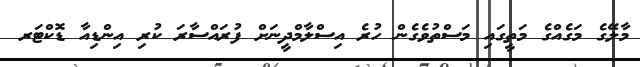
މާލޭގެ މަގެއްގެ މަތީގައި މަސްތުވެގެން ހުރެ އިސްލާމްދީނަށް ފުރައްސާރަ ކުރި އިންޑިއާ ޑޮކްޓަރ